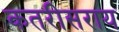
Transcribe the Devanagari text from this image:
कतरीसराय